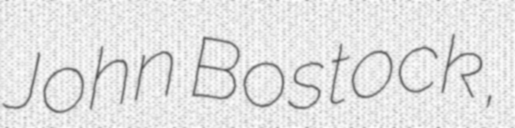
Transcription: John Bostock,